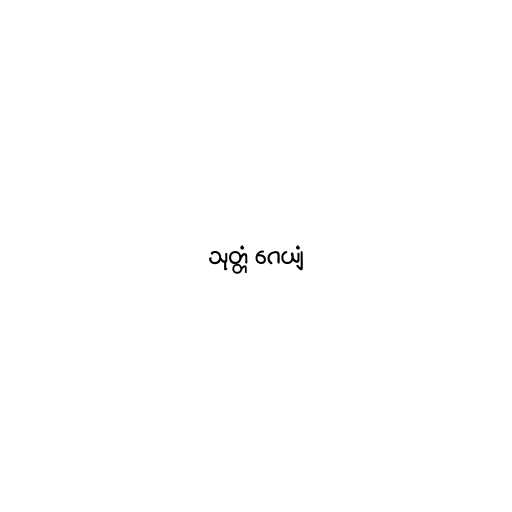
သုတ္တံ ဂေယျံ